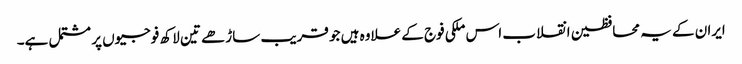
ایران کے یہ محافظین انقلاب اس ملکی فوج کے علاوہ ہیں جو قریب ساڑھے تین لاکھ فوجیوں پر مشتمل ہے۔